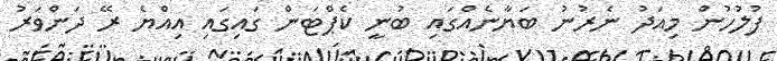
ފުލުހުން މިއަދު ނެރުނު ބަޔާނެއްގައި ބުނީ ކެޕްޓަން ގައިގައި އިއްޔެ ރޭ ދަންވަރު